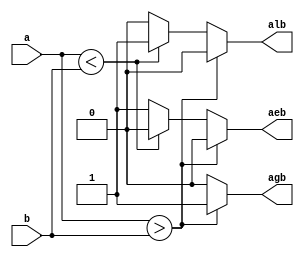
module comparator_sym(
    input [1:0] a, b,
    output reg alb, aeb, agb
);
    always @ (*) begin
        agb = 0; alb = 0; aeb = 0;
        if (a>b) agb = 1;
        else if (a<b) alb = 1;
        else aeb = 1;
    end
    
endmodule

module comparator_sym_tb;
    reg [1:0] a, b;
    wire alb, aeb, agb;
    integer i;
    comparator_sym tb(a, b, alb, aeb, agb);
    initial begin
        for (i=0; i<4; i=i+1) 
            begin
                a = i;
                b = i+1;
                #20;
            end 
        for (i=0; i<4; i=i+1) 
            begin
                a = i;
                b = i;
                #20;
            end
        for (i=0; i<4; i=i+1) 
            begin
                a = i+1;
                b = i;
                #20;
            end
    end
endmodule